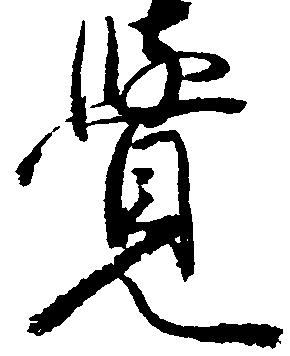
覚